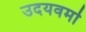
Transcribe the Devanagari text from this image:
उदयवर्मा